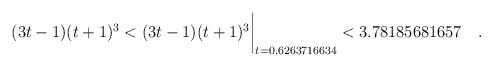
\begin{align*} (3t-1)(t+1)^3 & < (3t-1)(t+1)^3\biggr\rvert_{t=0.6263716634} < 3.78185681657\quad . \end{align*}